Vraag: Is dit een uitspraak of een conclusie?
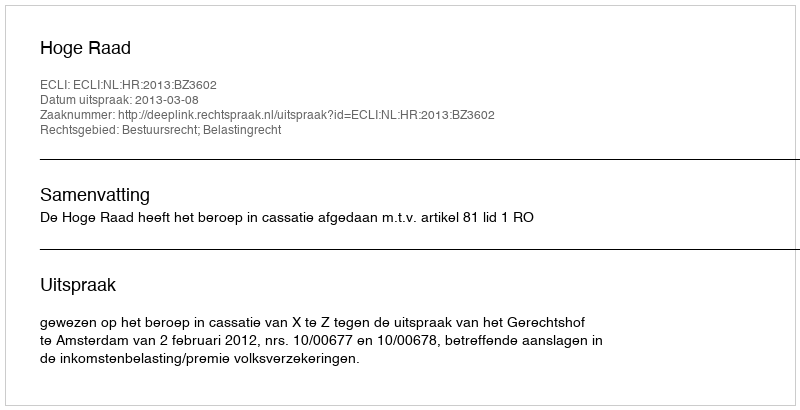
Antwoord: Uitspraak